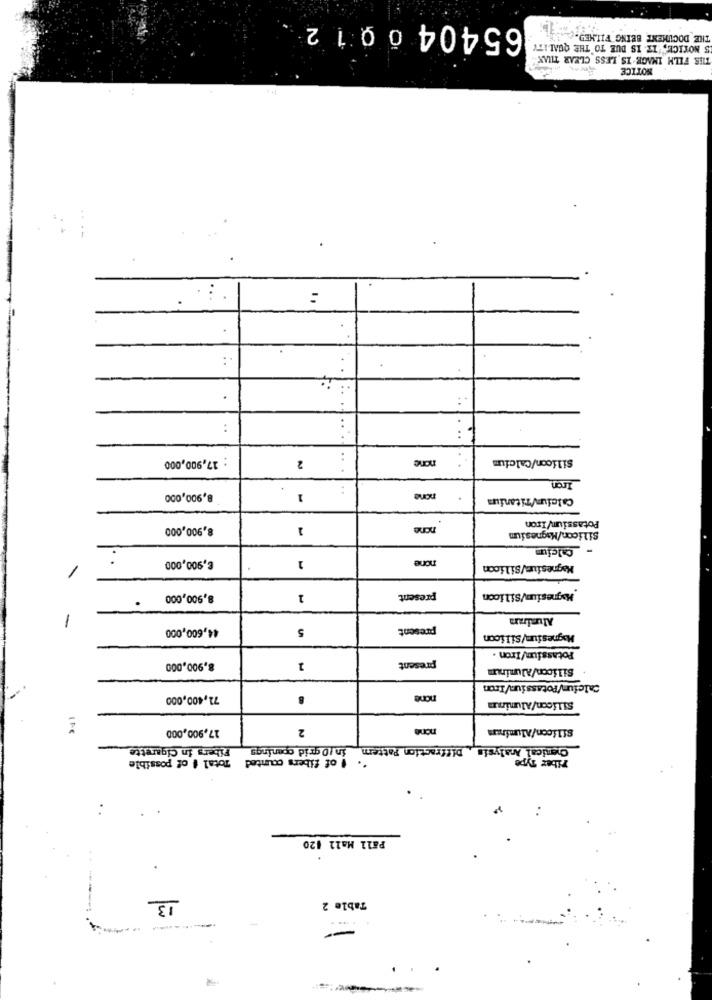
65404 0012
THE DOCUMENT BEING FILMED.( ...
5 NOTICE, "IT IS DUE TO THE QUALITY
TIS FILM IMAGE IS LESS CLEAR TILAK
NOTICE
..
..
...
: 17,900,000
2
none
Silicon/Calcium
.. .
Iron
8,900,000
1
none
CalciumTitaniuma
8,900,000
none
Potassium/Iron
Silicon/Magnesium
-Calcium
€,900,000
1
none
Magnesium/Silicon
-
8,900,000
1
present
Magnesium/Silicon
Aluinn
-
44,600,000
5
present
Magnesium/Silicon
Potassium/Iron .
8,900,000
1
present
Silicon/Aluminum
Calcium/Potassium/Iron
71,400,000
none
Silicon/Aluminuma
17,900,000
2
none
Silicon/Alumiraa
Fibers in Cigarette
in Dgrid gomnings
Chemical Analysis Diffraction Pattern
Total # of possible
". I of fibers counted
Tiber Type
Pall Mall 420
13
Table 2